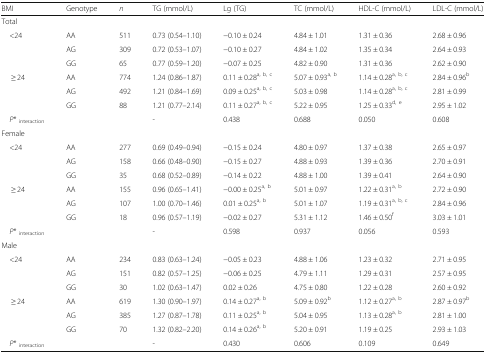
<table><thead><tr><td><b>BMI</b></td><td><b>Genotype</b></td><td><b><i>n</i></b></td><td><b>TG (mmol/L)</b></td><td><b>Lg (TG)</b></td><td><b>TC (mmol/L)</b></td><td><b>HDL-C (mmol/L)</b></td><td><b>LDL-C (mmol/L)</b></td></tr></thead><tbody><tr><td colspan="8">Total</td></tr><tr><td rowspan="3"> &lt;24</td><td>AA</td><td>511</td><td>0.73 (0.54–1.10)</td><td>−0.10 ± 0.24</td><td>4.84 ± 1.01</td><td>1.31 ± 0.36</td><td>2.68 ± 0.96</td></tr><tr><td>AG</td><td>309</td><td>0.72 (0.53–1.07)</td><td>−0.10 ± 0.27</td><td>4.84 ± 1.02</td><td>1.35 ± 0.34</td><td>2.64 ± 0.93</td></tr><tr><td>GG</td><td>65</td><td>0.77 (0.59–1.20)</td><td>−0.07 ± 0.25</td><td>4.82 ± 0.90</td><td>1.31 ± 0.36</td><td>2.62 ± 0.90</td></tr><tr><td rowspan="3">≥ 24</td><td>AA</td><td>774</td><td>1.24 (0.86–1.87)</td><td>0.11 ± 0.28<sup>a, b, c</sup></td><td>5.07 ± 0.93<sup>a, b</sup></td><td>1.14 ± 0.28<sup>a, b, c</sup></td><td>2.84 ± 0.96<sup>b</sup></td></tr><tr><td>AG</td><td>492</td><td>1.21 (0.84–1.69)</td><td>0.09 ± 0.25<sup>a, b, c</sup></td><td>5.03 ± 0.98</td><td>1.14 ± 0.28<sup>a, b, c</sup></td><td>2.81 ± 0.99</td></tr><tr><td>GG</td><td>88</td><td>1.21 (0.77–2.14)</td><td>0.11 ± 0.27<sup>a, b, c</sup></td><td>5.22 ± 0.95</td><td>1.25 ± 0.33<sup>d, e</sup></td><td>2.95 ± 1.02</td></tr><tr><td> <i>P</i>*<sub> interaction</sub></td><td></td><td></td><td>-</td><td>0.438</td><td>0.688</td><td>0.050</td><td>0.608</td></tr><tr><td colspan="8">Female</td></tr><tr><td rowspan="3"> &lt;24</td><td>AA</td><td>277</td><td>0.69 (0.49–0.94)</td><td>−0.15 ± 0.24</td><td>4.80 ± 0.97</td><td>1.37 ± 0.38</td><td>2.65 ± 0.97</td></tr><tr><td>AG</td><td>158</td><td>0.66 (0.48–0.90)</td><td>−0.15 ± 0.27</td><td>4.88 ± 0.93</td><td>1.39 ± 0.36</td><td>2.70 ± 0.91</td></tr><tr><td>GG</td><td>35</td><td>0.68 (0.52–0.89)</td><td>−0.14 ± 0.22</td><td>4.88 ± 1.00</td><td>1.39 ± 0.41</td><td>2.64 ± 0.90</td></tr><tr><td rowspan="3">≥ 24</td><td>AA</td><td>155</td><td>0.96 (0.65–1.41)</td><td>−0.00 ± 0.25<sup>a, b</sup></td><td>5.01 ± 0.97</td><td>1.22 ± 0.31<sup>a, b</sup></td><td>2.72 ± 0.90</td></tr><tr><td>AG</td><td>107</td><td>1.00 (0.70–1.46)</td><td>0.01 ± 0.25<sup>a, b</sup></td><td>5.01 ± 1.07</td><td>1.19 ± 0.31<sup>a, b, c</sup></td><td>2.84 ± 0.96</td></tr><tr><td>GG</td><td>18</td><td>0.96 (0.57–1.19)</td><td>−0.02 ± 0.27</td><td>5.31 ± 1.12</td><td>1.46 ± 0.50<sup>f</sup></td><td>3.03 ± 1.01</td></tr><tr><td> <i>P</i>* <sub>interaction</sub></td><td></td><td></td><td>-</td><td>0.598</td><td>0.937</td><td>0.056</td><td>0.593</td></tr><tr><td colspan="8">Male</td></tr><tr><td rowspan="3"> &lt;24</td><td>AA</td><td>234</td><td>0.83 (0.63–1.24)</td><td>−0.05 ± 0.23</td><td>4.88 ± 1.06</td><td>1.23 ± 0.32</td><td>2.71 ± 0.95</td></tr><tr><td>AG</td><td>151</td><td>0.82 (0.57–1.25)</td><td>−0.06 ± 0.25</td><td>4.79 ± 1.11</td><td>1.29 ± 0.31</td><td>2.57 ± 0.95</td></tr><tr><td>GG</td><td>30</td><td>1.02 (0.63–1.47)</td><td>0.02 ± 0.26</td><td>4.75 ± 0.80</td><td>1.22 ± 0.28</td><td>2.60 ± 0.92</td></tr><tr><td rowspan="3">≥ 24</td><td>AA</td><td>619</td><td>1.30 (0.90–1.97)</td><td>0.14 ± 0.27<sup>a, b</sup></td><td>5.09 ± 0.92<sup>b</sup></td><td>1.12 ± 0.27<sup>a, b</sup></td><td>2.87 ± 0.97<sup>b</sup></td></tr><tr><td>AG</td><td>385</td><td>1.27 (0.87–1.78)</td><td>0.11 ± 0.25<sup>a, b</sup></td><td>5.04 ± 0.95</td><td>1.13 ± 0.28<sup>a, b</sup></td><td>2.81 ± 1.00</td></tr><tr><td>GG</td><td>70</td><td>1.32 (0.82–2.20)</td><td>0.14 ± 0.26<sup>a, b</sup></td><td>5.20 ± 0.91</td><td>1.19 ± 0.25</td><td>2.93 ± 1.03</td></tr><tr><td> <i>P</i>* <sub>interaction</sub></td><td></td><td></td><td>-</td><td>0.430</td><td>0.606</td><td>0.109</td><td>0.649</td></tr></tbody></table>